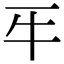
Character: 𤘔